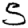
Digit: 5